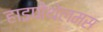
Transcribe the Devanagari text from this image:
हाइपोथेलमस